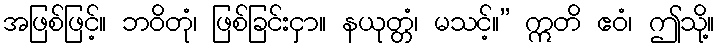
အဖြစ်ဖြင့်။ ဘဝိတုံ၊ ဖြစ်ခြင်းငှာ။ နယုတ္တံ၊ မသင့်။” ဣတိ ဧဝံ၊ ဤသို့။